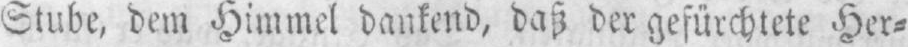
Stube, dem Himmel dankend, daß der gefürchtete Her⸗